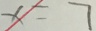
x = 7